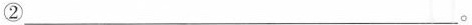
②___。